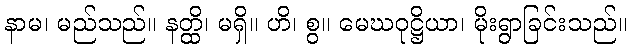
နာမ၊ မည်သည်။ နတ္ထိ၊ မရှိ။ ဟိ၊ စွ။ မေဃဝုဋ္ဌိယာ၊ မိုးရွာခြင်းသည်။